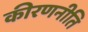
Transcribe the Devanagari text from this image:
कीरणनीति